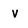
Character: v